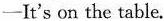
-It's on the table.